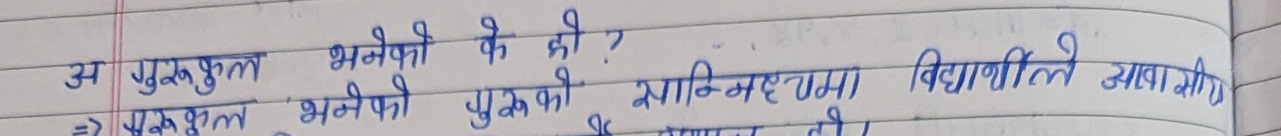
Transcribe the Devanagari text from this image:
अ गुरुकुल भनेको के हो?
=> गुरुकुल भनेको पुरातन समयमा विद्यार्थीले आवासीय र गुरुको सानिध्यमा बसी अध्ययन गर्ने स्थान हो।